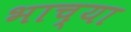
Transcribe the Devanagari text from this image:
भाच्या